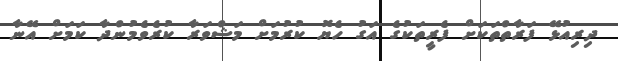
ދިރިއުޅޭ ފަރާތްތަކަށް ފެރީތަކުގެ އަގު ހެޔޮ ކުރުމަށް މަޝްވަރާ ކުރެވެމުންދާ ކަމަށް އޭނާ